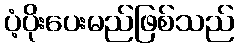
ပံ့ပိုးပေးမည်ဖြစ်သည်